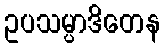
ဥပသမ္ပာဒိတေန